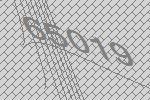
65019